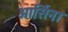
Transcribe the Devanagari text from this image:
आर्सिना